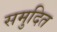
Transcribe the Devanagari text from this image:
समुदित